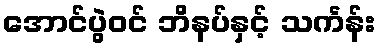
အောင်ပွဲဝင် ဘိနပ်နှင့် သင်္ကန်း